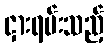
ငှားရမ်းသည့်